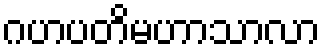
ဂဟပတိမဟာသာလာ